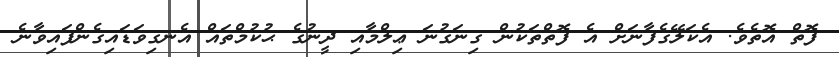
ފޮތް އޮތެވެ. އެކަލޭގެފާނަށް އެ ފޮތްތަކުން ގިނަގުނަ ޢިލްމާއި ދީނުގެ ޙުކުމްތައް އެނގިވަޑައިގެންފައިވާނެ